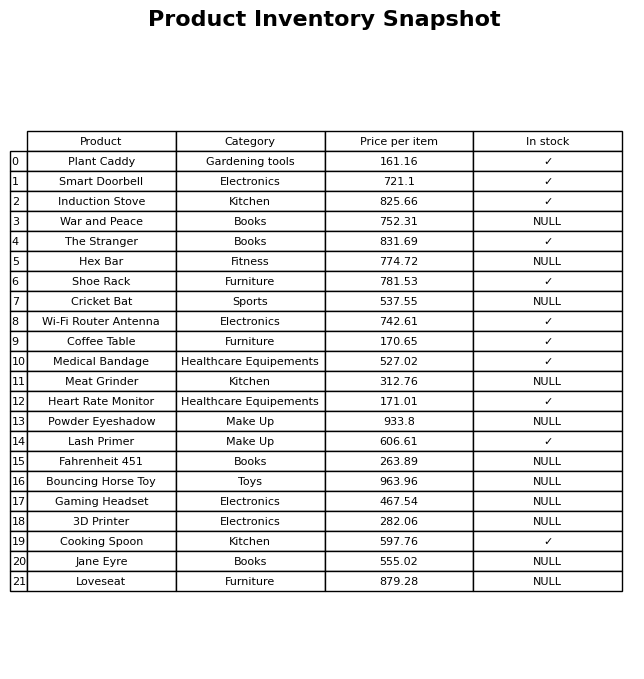
question: What is the price for Hex Bar?
answer: The price of Hex Bar is 774.72.